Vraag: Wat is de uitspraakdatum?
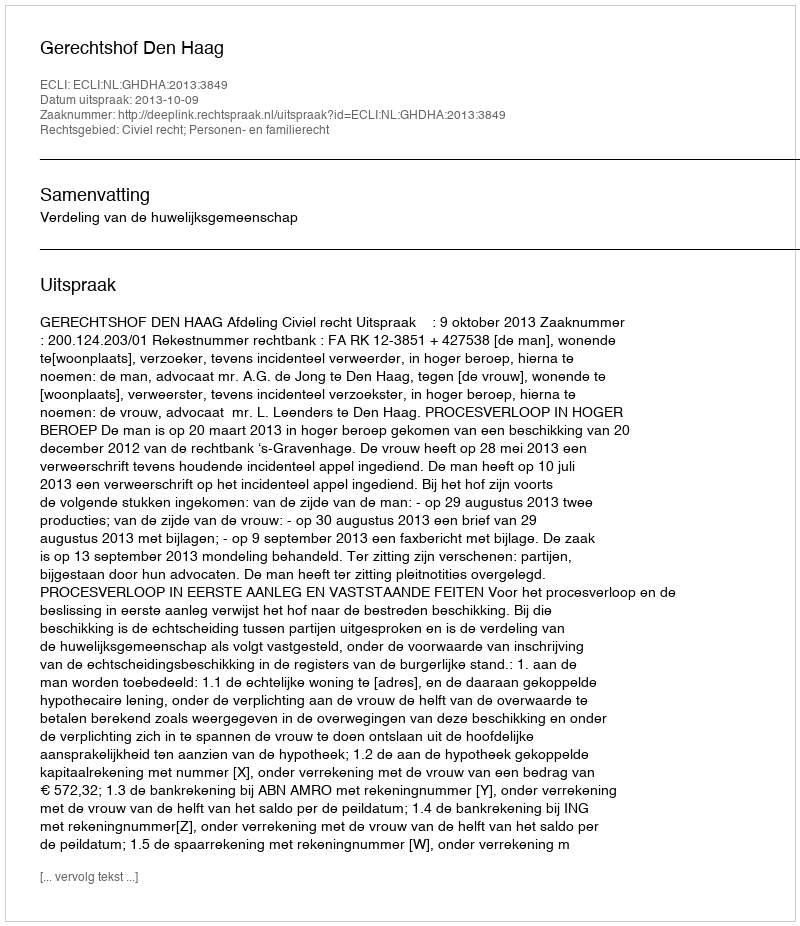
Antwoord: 2013-10-09